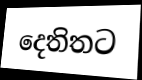
දෙතිතට